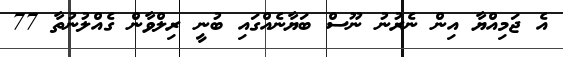
އެ ޖަމިއްޔާ އިން ނެރުނު ނޫސް ބަޔާނެއްގައި ބުނީ ރިލްވާން ގެއްލުނުތާ 77